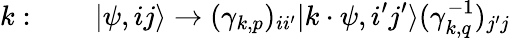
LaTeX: k:\quad\quad\vert\psi,ij\rangle\rightarrow(\gamma_{k,p})_{ii^{\prime}}\vert k\cdot\psi,i^{\prime}j^{\prime}\rangle(\gamma_{k,q}^{-1})_{j^{\prime}j}